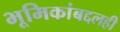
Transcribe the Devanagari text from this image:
भूमिकांबद्दलही